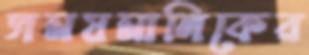
সময়মালিকের